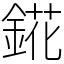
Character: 錵